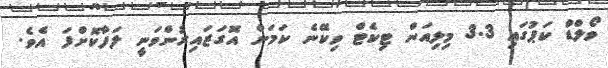
ވޯލްޑް ކަޕުގައި 3.3 މިލިއަން ޓިކެޓް ވިކޭނެ ކަމަށް އޮގަޒައިރުންވަނީ ލަފާކޮށްފަ އެވެ.